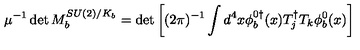
\mu ^ { - 1 } \det M _ { b } ^ { S U ( 2 ) / K _ { b } } = \det \left[ ( 2 \pi ) ^ { - 1 } \int d ^ { 4 } x \phi _ { b } ^ { 0 \dagger } ( x ) T _ { j } ^ { \dagger } T _ { k } \phi _ { b } ^ { 0 } ( x ) \right]